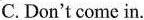
C.Don't come in.